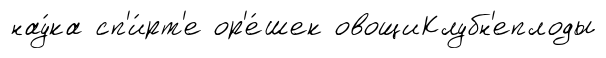
нау́ка сп'и́рт'е ор'е́шек овощиКлубн'еплоды